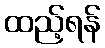
ထည့်ရန်